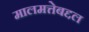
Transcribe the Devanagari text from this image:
मालमत्तेबद्दल